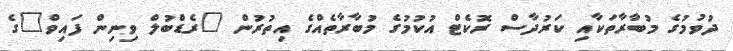
ދުވުމުގެ މުބާރާތަކާއި ކަރުދާސް ރޮކެޓް އުކުމުގެ މުބާރާތެއްގެ އިތުރުން "ރެޑްބުލް ވިނިން ފައިވް"ގެ